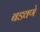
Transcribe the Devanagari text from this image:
बडवणे